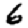
Digit: 6